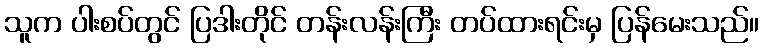
သူက ပါးစပ်တွင် ပြဒါးတိုင် တန်းလန်းကြီး တပ်ထားရင်းမှ ပြန်မေးသည်။